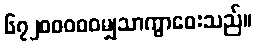
၆၇၂၀၀၀၀၀မျှသာကွာဝေးသည်။